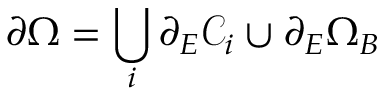
\partial \Omega = \bigcup _ { i } \partial _ { E } \mathcal { C } _ { i } \cup \partial _ { E } \Omega _ { B }